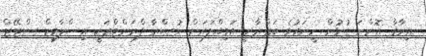
ޢިރާޤާ އޮންނަ ގުޅުން ހީނަރުވެ ބަޣްދާދީ އަމިއްލައަށް ނުޞްރާ ފްރަންޓްއަކީ އިސްލާމިކް ސްޓޭޓް